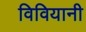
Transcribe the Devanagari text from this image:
विवियानी